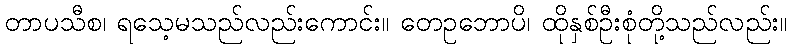
တာပသီစ၊ ရသေ့မသည်လည်းကောင်း။ တေဥဘောပိ၊ ထိုနှစ်ဦးစုံတို့သည်လည်း။